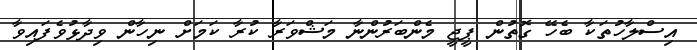
އިސްލާހުތަކާ ބެހޭ ގޮތުން ޕީޖީ މެންބަރުންނާ މަޝްވަރާ ކުރާ ކަމަށް ނިހާން ވިދާޅުވެފައިވާ